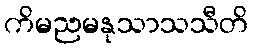
ကိမညမနုသာသသီတိ